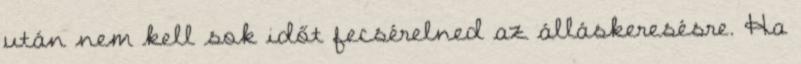
után nem kell sok időt fecsérelned az álláskeresésre. Ha